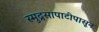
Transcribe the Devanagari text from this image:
स्मुद्रसापाटीपासून